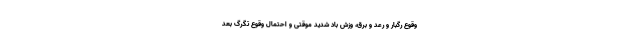
وقوع رگبار و رعد و برق، وزش باد شدید موقتی و احتمال وقوع تگرگ بعد